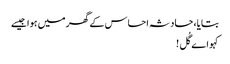
بتایا، حادثہ احساس کے گھر میں ہوا جیسے
کہو اے گُل !